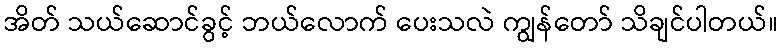
အိတ် သယ်ဆောင်ခွင့် ဘယ်လောက် ပေးသလဲ ကျွန်တော် သိချင်ပါတယ်။